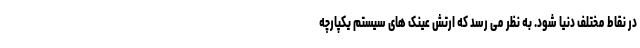
در نقاط مختلف دنیا شود. به نظر می رسد که ارتش عینک های سیستم یکپارچه